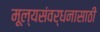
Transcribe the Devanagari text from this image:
मूल्यसंवर्धनासाठी